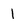
Character: 1